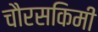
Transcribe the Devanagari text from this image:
चौरसकिमी